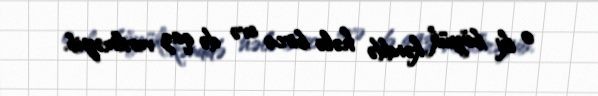
o iki böyük kənddə hələ bircə evə də qaz verilməyib.